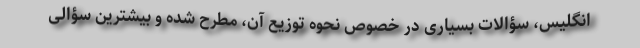
انگلیس، سؤالات بسیاری در خصوص نحوه توزیع آن، مطرح شده و بیشترین سؤالی